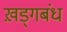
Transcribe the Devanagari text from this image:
ख़ड्गबंध